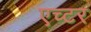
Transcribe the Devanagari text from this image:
एच्टर